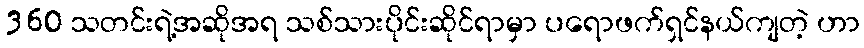
360 သတင်းရဲ့အဆိုအရ သစ်သားပိုင်းဆိုင်ရာမှာ ပရောဖက်ရှင်နယ်ကျတဲ့ ဟာ